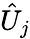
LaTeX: \hat{U}_{j}